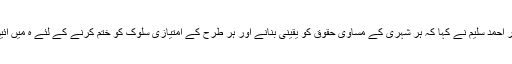
معروف ترقی پسند مصنف، تاریخ دان اور شاعر احمد سلیم نے کہا کہ ہر شہری کے مساوی حقوق کو یقینی بنانے اور ہر طرح کے امتیازی سلوک کو ختم کرنے کے لئے ہ میں آئین میں بہت حد تک تبدیلیوں کی ضرورت ہے ۔